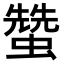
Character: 𧑯